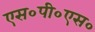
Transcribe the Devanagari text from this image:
एस०पी०एस०